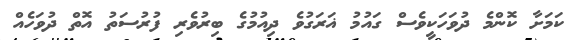
ކަމަށާ ކޮންމެ ދުވަހަކީވެސް ގައުމު ޣަރަގުވެ ދިއުމުގެ ބިރުވެރި ފުރުސަތު އޮތް ދުވަހެއް